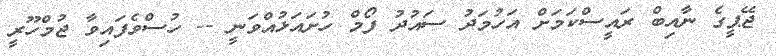
ޖޭޕީގެ ނާއިބް ރައީސްކަމަށް އަހުމަދު ސައުދު ފޯމް ހުށައަޅުއްވަނީ -- ހުސްވެފައިވާ ޖުމްހޫރީ